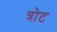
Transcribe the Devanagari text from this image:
त्रोट